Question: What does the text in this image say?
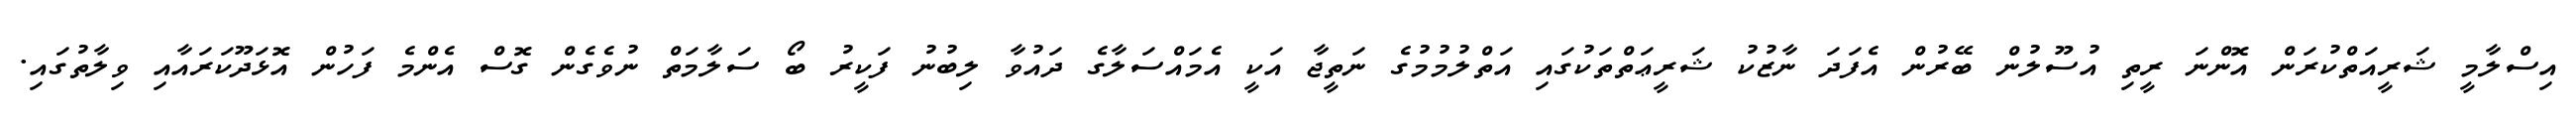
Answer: އިސްލާމީ ޝަރީއަތްކުރަން އޮންނަ ރީތި އުސޫލުން ބޭރުން އެފަދަ ނާޒުކު ޝަރީޢަތްތަކުގައި އަތްލުމުމުގެ ނަތީޖާ އަކީ އެމައްސަލާގެ ދައުވާ ލިބުނު ފަކީރު ބޯ ސަލާމަތް ނުވެގެން ގޮސް އެންމެ ފަހުން އޮޅަދޫކަރައާއި ވިލާތުގައި.